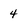
Character: 4